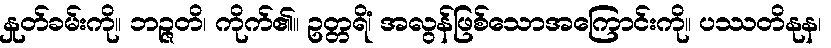
နှုတ်ခမ်းကို။ ဘဉ္ဇတိ၊ ကိုက်၏။ ဥတ္တရိံ၊ အလွန်ဖြစ်သောအကြောင်းကို။ ပဿတိနုန၊